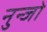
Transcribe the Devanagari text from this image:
नुन्जो